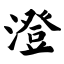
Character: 澄